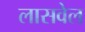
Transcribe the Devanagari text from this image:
लासवेल